Leaving Certificate Examination (including Day School Certificate (Higher) General paper), 1932
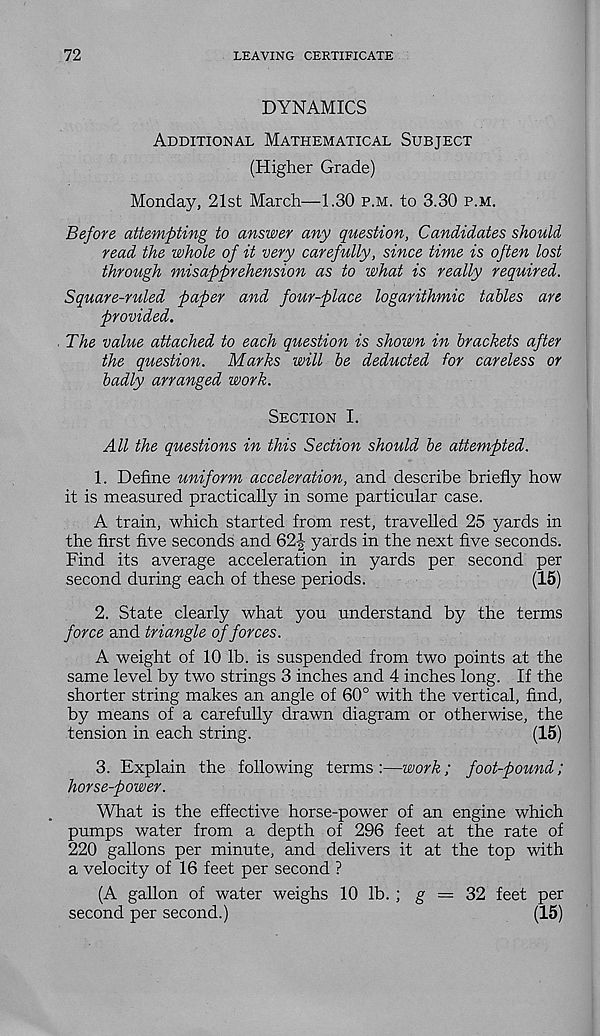
72
LEAVING CERTIFICATE
DYNAMICS
Additional Mathematical Subject
(Higher Grade)
Monday, 21st March—1.30 p.m. to 3.30 p.m.
Before attempting to answer any question, Candidates should
read the whole of it very carefully, since time is often lost
through misapprehension as to what is really required.
Square-ruled paper and four-place logarithmic tables are
provided.
The value attached to each question is shown in brackets after
the question. Marks will be deducted for careless or
badly arranged work.
Section I.
All the questions in this Section should be attempted.
1. Define uniform acceleration, and describe briefly how
it is measured practically in some particular case.
A train, which started from rest, travelled 25 yards in
the first five seconds and 62J yards in the next five seconds.
Find its average acceleration in yards per second per
second during each of these periods.
(15)
2. State clearly what you understand by the terms
force and triangle of forces.
A weight of 10 lb. is suspended from two points at the
same level by two strings 3 inches and 4 inches long. If the
shorter string makes an angle of 60° with the vertical, find,
by means of a carefully drawn diagram or otherwise, the
tension in each string.
(15)
3. Explain the following terms :—work; foot-pound;
horse-power.
What is the effective horse-power of an engine which
pumps water from a depth of 296 feet at the rate of
220 gallons per minute, and delivers it at the top with
a velocity of 16 feet per second ?
(A gallon of water weighs 10 lb. ; g = 32 feet per
second per second.)
(15)